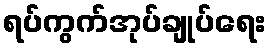
ရပ်ကွက်အုပ်ချုပ်ရေး